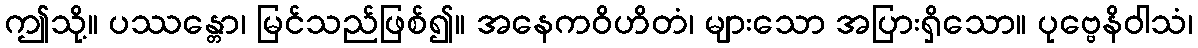
ဤသို့။ ပဿန္တော၊ မြင်သည်ဖြစ်၍။ အနေကဝိဟိတံ၊ များသော အပြားရှိသော။ ပုဗ္ဗေနိဝါသံ၊